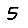
Digit: 5